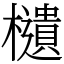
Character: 𣟧